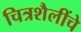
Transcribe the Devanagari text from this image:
चित्रशैलींचे